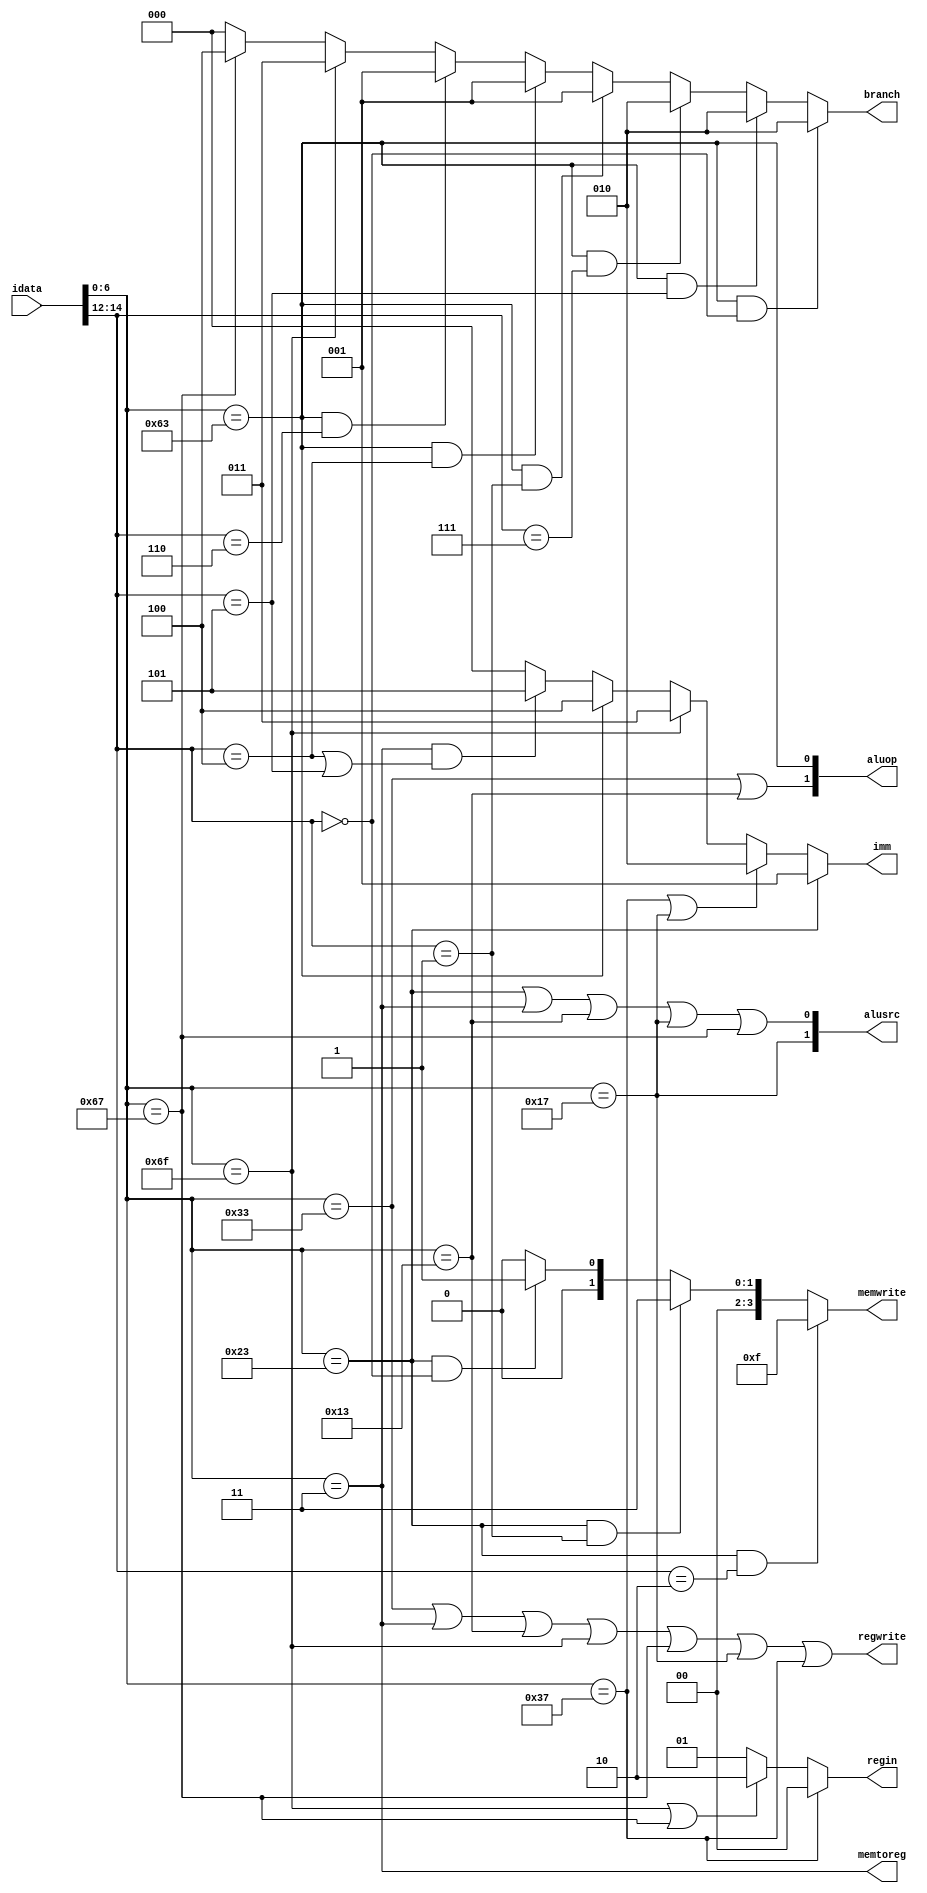
`timescale 1ns / 1ps
//////////////////////////////////////////////////////////////////////////////////
// Company: 
// Engineer: 
// 
// Design Name: 
// Module Name:    control 
// Project Name: 
// Target Devices: 
// Tool versions: 
// Description: 
//
// Dependencies: 
//
// Revision: 
// Revision 0.01 - File Created
// Additional Comments: 
//
//////////////////////////////////////////////////////////////////////////////////
module control(
	
    input [31:0] idata,
    output [1:0] alusrc,
    output memtoreg,
    output regwrite,
    output [3:0] memwrite,
    output [2:0] branch,
    output [1:0] aluop,
	 output [1:0] regin,
	 output [2:0] imm
    );
	 
wire [6:0] opcode;
wire [2:0] funct3;

assign opcode = idata[6:0];
assign funct3 = idata[14:12];

assign branch=  (opcode == 7'b1100011 && funct3 == 3'b000)? 3'b010:
					 (opcode == 7'b1100011 && funct3 == 3'b101)? 3'b010:
					 (opcode == 7'b1100011 && funct3 == 3'b111)? 3'b010:
					 (opcode == 7'b1100011 && funct3 == 3'b001)? 3'b001:
					 (opcode == 7'b1100011 && funct3 == 3'b100)? 3'b001:
					 (opcode == 7'b1100011 && funct3 == 3'b110)? 3'b001:
					 (opcode == 7'b1101111 )? 3'b011 : 
					 (opcode == 7'b1100111 )? 3'b100 : 3'b000;


assign memtoreg = (opcode == 7'b0000011);
					
assign memwrite=(opcode == 7'b0100011 && funct3 == 3'b010)? 4'b1111:
					 (opcode == 7'b0100011 && funct3 == 3'b001)? 4'b0011:
					 (opcode == 7'b0100011 && funct3 == 3'b000)? 4'b0001:4'b0000;

assign regwrite=(opcode == 7'b0110011 || opcode == 7'b0000011 || opcode == 7'b0010011 || opcode == 7'b1101111 || opcode == 7'b1100111 || opcode == 7'b0010111 || opcode == 7'b0110111);

assign alusrc[0] = (opcode == 7'b0100011 || opcode == 7'b0000011 || opcode == 7'b0010011 || opcode == 7'b0010111 || opcode == 7'b1100111);
assign alusrc[1] = (opcode == 7'b0010111);

assign aluop[1] = (opcode == 7'b0110011 || opcode == 7'b0010011 );
assign aluop[0] = (opcode == 7'b1100011 );

assign regin = (opcode == 7'b0110111) ? 2'b00 :
					(opcode == 7'b1101111 || opcode == 7'b1100111) ? 2'b10 : 2'b01;

assign imm = (opcode == 7'b0100011) ? 3'b001 :
				 (opcode == 7'b0110111 || opcode == 7'b0010111) ? 3'b010 :
				 (opcode == 7'b1101111) ? 3'b011 :
				 (opcode == 7'b1100011) ? 3'b100 :
				 (opcode == 7'b0000011 && (funct3 == 3'b100 || funct3 == 3'b101)) ? 3'b101 : 3'b000;
endmodule